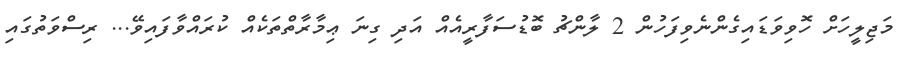
މަޖިލީހަށް ހޮވިވަޑައިގެންނެވިފަހުން 2 ލާންޗު ބޮޑުސަފާރީއެއް އަދި ގިނަ ޢިމާރާތްތަކެއް ކުރައްވާފައިވޭ... ރިސްވަތުގައި